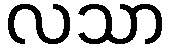
လသာ